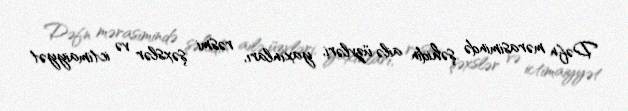
Dəfn mərasimində şəhidin ailə üzvləri, yaxınları, rəsmi şəxslər və ictimaiyyət